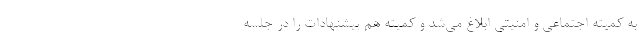
به کمیته اجتماعی و امنیتی ابلاغ می‌شد و کمیته هم پیشنهادات را در جلسه